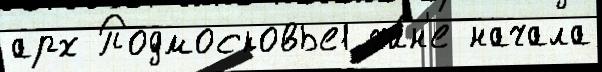
арх Подмосковье1 чи́н'е начала